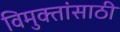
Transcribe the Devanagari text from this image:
विमुक्तांसाठी